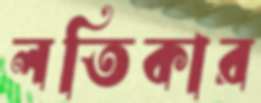
লতিকার